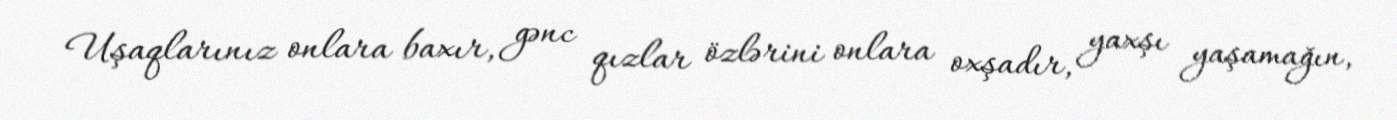
Uşaqlarınız onlara baxır, gənc qızlar özlərini onlara oxşadır, yaxşı yaşamağın,